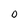
Character: O